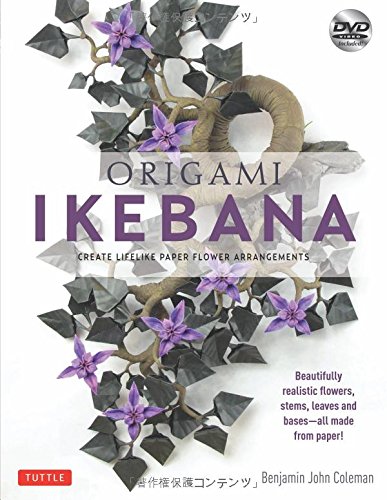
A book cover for Origami Ikebana: Create Lifelike Paper Flower Arrangements [Origami Book and Instructional DVD]; Benjamin Coleman; Crafts, Hobbies & Home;